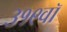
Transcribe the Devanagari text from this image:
३१९वॉ